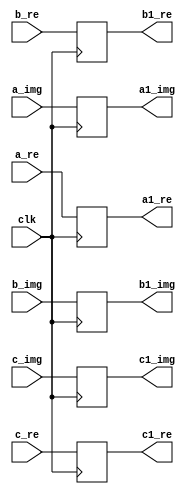
`timescale 1ns / 1ps
//////////////////////////////////////////////////////////////////////////////////
// Company: 
// Engineer: 
// 
// Design Name: 
// Module Name:    buf_26 
// Project Name: 
// Target Devices: 
// Tool versions: 
// Description: 
//
// Dependencies: 
//
// Revision: 
// Revision 0.01 - File Created
// Additional Comments: 
//
//////////////////////////////////////////////////////////////////////////////////
module buf_26(
    input [31:0] a_re,
    input [31:0] a_img,
	 input [31:0] b_re,b_img,c_re,c_img,
    input clk,
    output reg [31:0] a1_re,
    output reg [31:0] a1_img,b1_re,b1_img,c1_re,c1_img
    );

always @(posedge clk) begin
a1_re<=a_re;
a1_img<=a_img;
b1_re<=b_re;
b1_img<=b_img;
c1_re<=c_re;
c1_img<=c_img;
end
endmodule